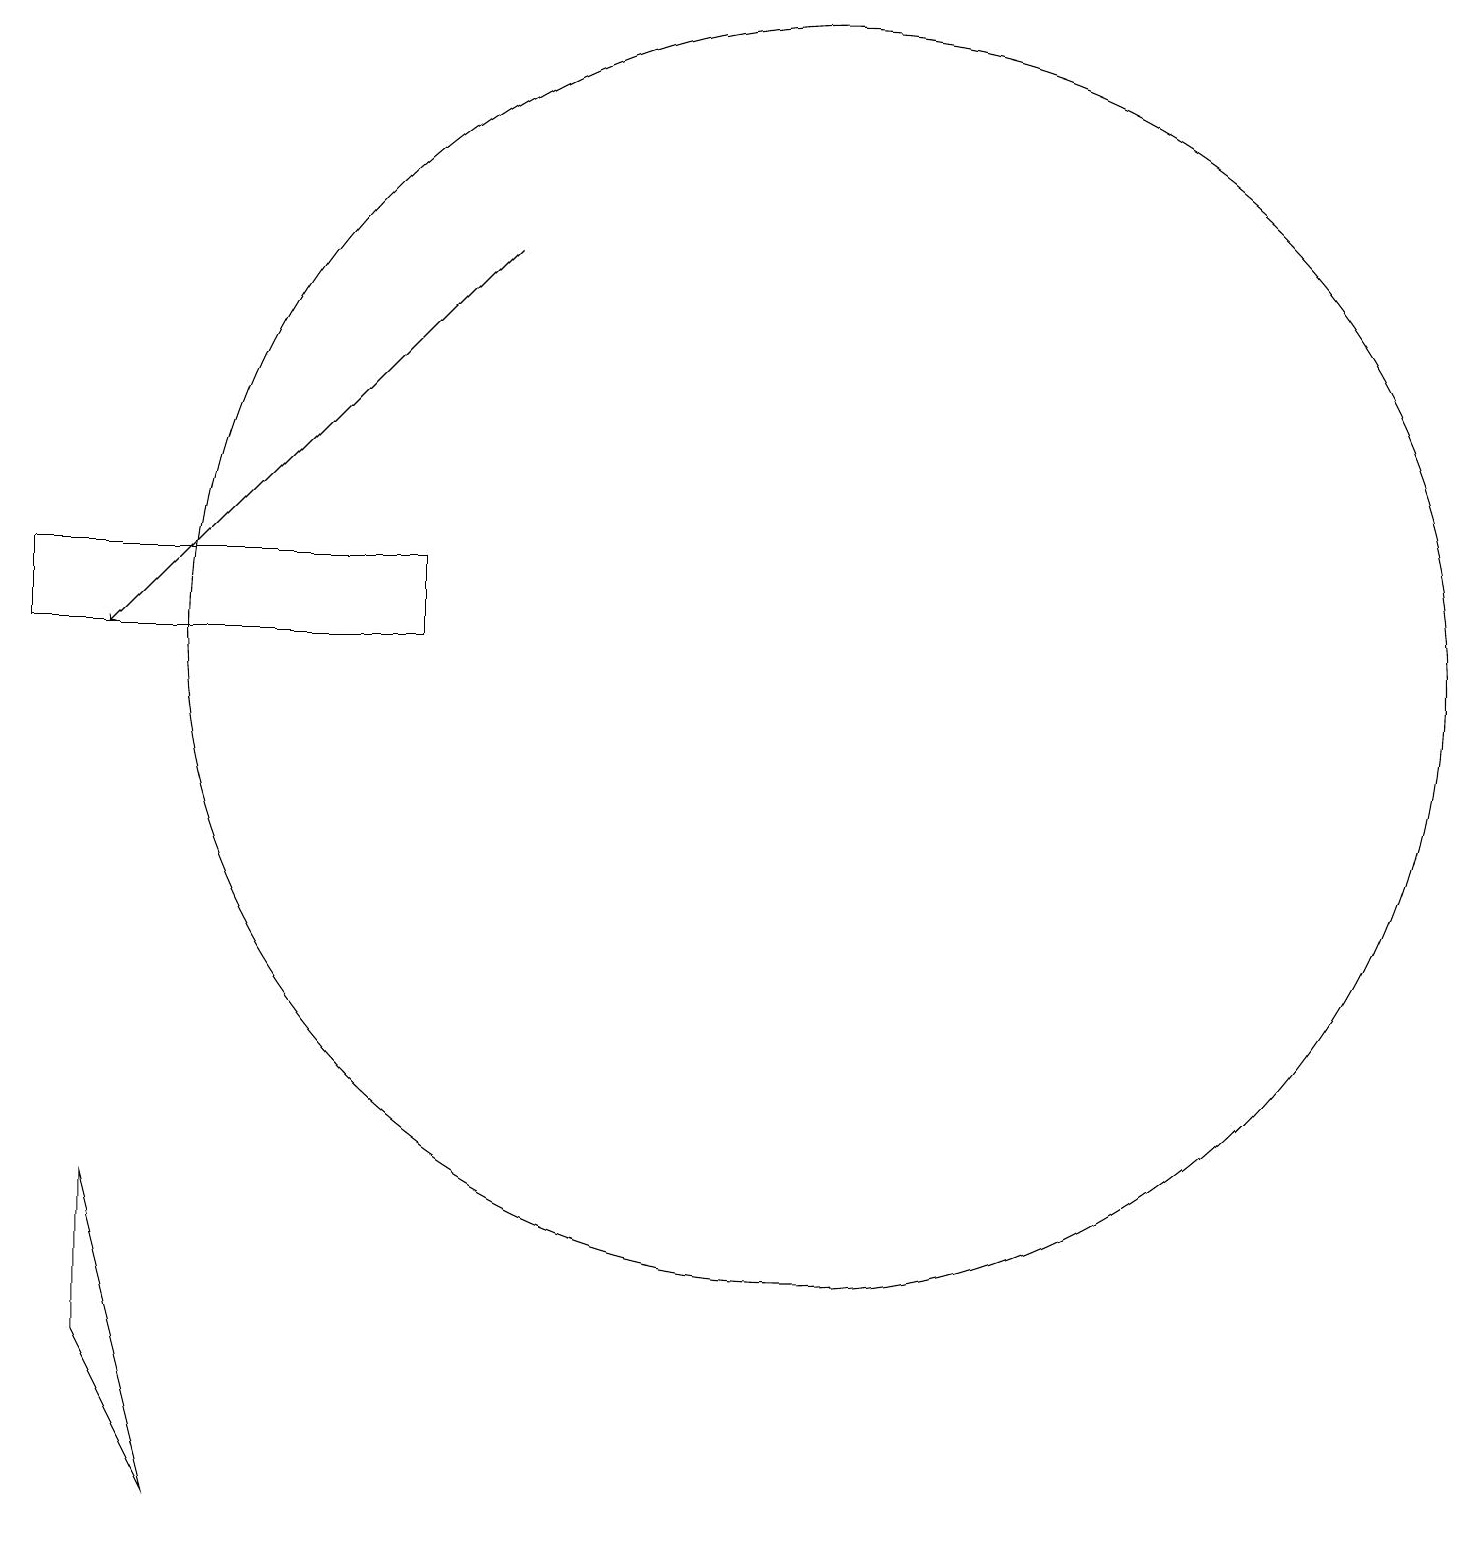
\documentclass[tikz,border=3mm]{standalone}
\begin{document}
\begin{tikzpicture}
\draw (10,11) circle (8);
\draw (1,4) -- (2,0) -- (1,2) -- cycle;
\draw[->] (6,16) -- (1,11);
\draw (5,11) rectangle (0,12);
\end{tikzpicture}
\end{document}